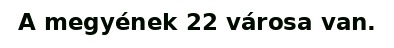
A megyének 22 városa van.